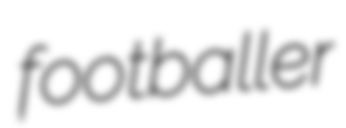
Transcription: footballer